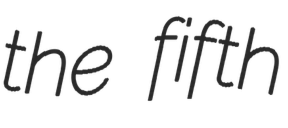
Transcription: the fifth